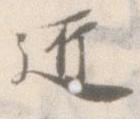
匠